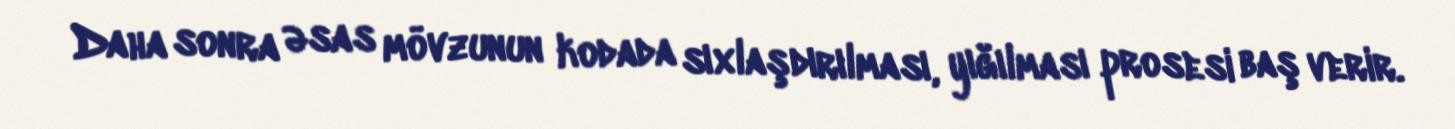
Daha sonra əsas mövzunun kodada sıxlaşdırılması, yığılması prosesi baş verir.